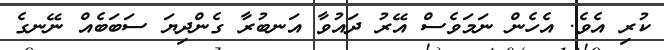
ކުރި އެވެ. އެހެން ނަމަވެސް އޭރު ދައުވާ އަނބުރާ ގެންދިޔަ ސަބަބެއް ނޭނގެ